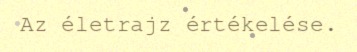
Az életrajz értékelése.